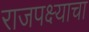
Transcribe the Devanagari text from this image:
राजपक्ष्याचा